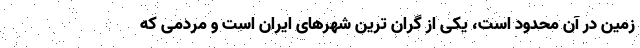
زمین در آن محدود است، یکی از گران ترین شهرهای ایران است و مردمی که